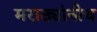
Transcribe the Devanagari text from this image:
मराठ्यांनीच